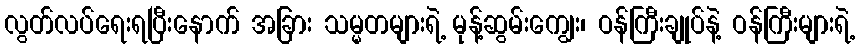
လွတ်လပ်ရေးရပြီးနောက် အခြား သမ္မတများရဲ့ မုန့်ဆွမ်းကျွေး၊ ဝန်ကြီးချုပ်နဲ့ ဝန်ကြီးများရဲ့